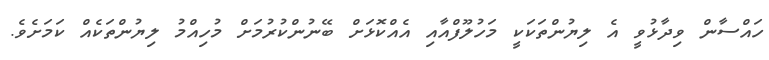
ހައްސާން ވިދާޅުވީ އެ ލިޔުންތަކަކީ މަހުލޫފްއާއި އެއްކޮޅަށް ބޭނުންކުރުމަށް މުހިއްމު ލިޔުންތަކެއް ކަމަށެވެ.